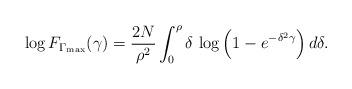
LaTeX: \begin{align*}\log F_{\Gamma_{\max}}(\gamma) = \frac{2N}{\rho^2}\int_0^{\rho} \delta\,\log \left(1-e^{-\delta^{2} \gamma} \right) d\delta.\end{align*}